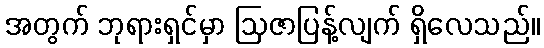
အတွက် ဘုရားရှင်မှာ ဩဇာပြန့်လျက် ရှိလေသည်။